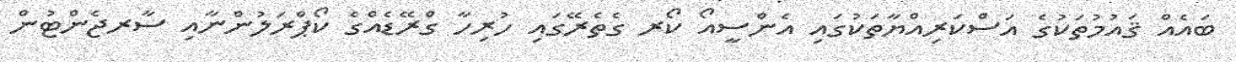
ބައެއް ޤައުމުތަކުގެ އަސްކަރިއްޔާތަކުގައި އެންސީއޯ ކޯރ ގެތެރޭގައި ހުރިހާ ގްރޭޑެއްގެ ކޯޕްރަލުންނާއި ސާރޖެންޓުން